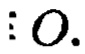
$: 0.$